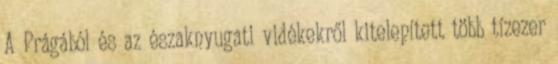
A Prágából és az északnyugati vidékekről kitelepített több tízezer